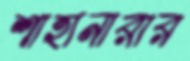
শাহানারার